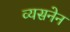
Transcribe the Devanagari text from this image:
व्यसनेन